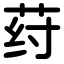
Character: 荮